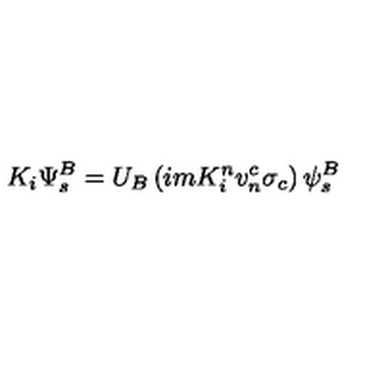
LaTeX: K _ { i } \Psi _ { s } ^ { B } = U _ { B } \left( i m K _ { i } ^ { n } v _ { n } ^ { c } \sigma _ { c } \right) \psi _ { s } ^ { B }